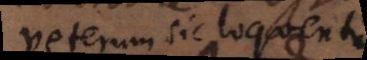
veterum sic loquentium